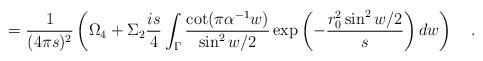
LaTeX: \begin{align*}={1 \over (4\pi s)^2}\left(\Omega _4+\Sigma _2 {is \over 4}\int_{\Gamma}{\cot (\pi \alpha ^{-1}w) \over \sin ^2w/2}\exp\left(-{r_0^2\sin^2w/2 \over s}\right)dw\right)~~~.\end{align*}